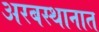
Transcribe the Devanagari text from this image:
अरबस्थानात